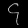
Digit: ၄